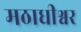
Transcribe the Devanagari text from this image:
मठाधीश्वर